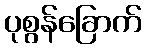
ပုစွန်ခြောက်